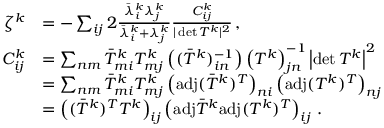
\begin{array} { r l } { \zeta ^ { k } } & { = - \sum _ { i j } 2 \frac { \bar { \lambda } _ { i } ^ { k } \lambda _ { j } ^ { k } } { \bar { \lambda } _ { i } ^ { k } + \lambda _ { j } ^ { k } } \frac { C _ { i j } ^ { k } } { \vert \operatorname* { d e t } T ^ { k } \vert ^ { 2 } } \, , } \\ { C _ { i j } ^ { k } } & { = \sum _ { n m } \bar { T } _ { m i } ^ { k } T _ { m j } ^ { k } \left( ( \bar { T } ^ { k } ) _ { i n } ^ { - 1 } \right) \left( T ^ { k } \right) _ { j n } ^ { - 1 } \left\vert \operatorname* { d e t } T ^ { k } \right\vert ^ { 2 } } \\ & { = \sum _ { n m } \bar { T } _ { m i } ^ { k } T _ { m j } ^ { k } \left( \mathrm { a d j } ( \bar { T } ^ { k } ) ^ { T } \right) _ { n i } \left( \mathrm { a d j } ( T ^ { k } ) ^ { T } \right) _ { n j } } \\ & { = \left( ( \bar { T } ^ { k } ) ^ { T } T ^ { k } \right) _ { i j } \left( \mathrm { a d j } \bar { T } ^ { k } \mathrm { a d j } ( T ^ { k } ) ^ { T } \right) _ { i j } \, . } \end{array}